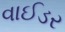
વાઈડર